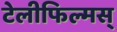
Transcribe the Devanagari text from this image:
टेलीफिल्मस्